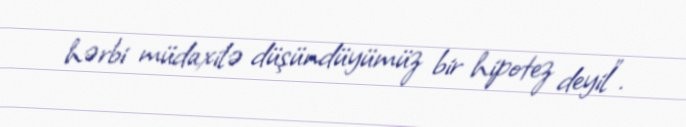
hərbi müdaxilə düşündüyümüz bir hipotez deyil”.